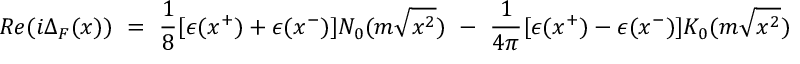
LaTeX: R e ( i \Delta _ { F } ( x ) ) ~ = ~ { \frac { 1 } { 8 } } [ \epsilon ( x ^ { + } ) + \epsilon ( x ^ { - } ) ] N _ { 0 } ( m \sqrt { x ^ { 2 } } ) ~ - ~ { \frac { 1 } { 4 \pi } } [ \epsilon ( x ^ { + } ) - \epsilon ( x ^ { - } ) ] K _ { 0 } ( m \sqrt { x ^ { 2 } } )